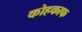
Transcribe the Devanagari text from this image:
कोहकाफ